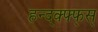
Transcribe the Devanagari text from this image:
हन्द्क्फ्फ्स्